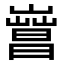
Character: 𣋎